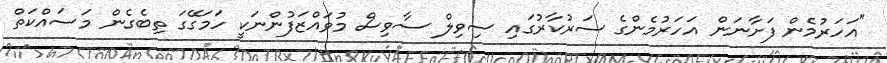
"އަހަރުމެން ފަށާނަން އަހަރުމެންގެ ސަރުކާރުގައި ސިވިލް ސާވިސް މުވައްޒަފުންނަކީ ހަމަގޭގަ ތިބެގެން މަސައްކަތް